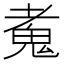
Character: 𩲘